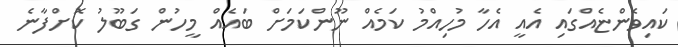
ކައިވެންޏެއްގައި އެއީ އެހާ މުހިއްމު ކަމެއް ނޫންކަމަށް ބައެއް މީހުން ގަބޫލު ކޮށްފާނެ